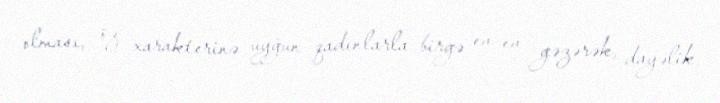
olması, öz xarakterinə uyğun qadınlarla birgə ev-ev gəzərək, dayəlik,